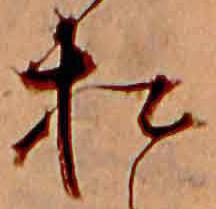
松